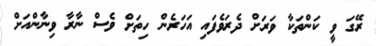
ރޭގަ ވީ ކަންތަކާ ވަރަށް ދެރަވެފައި އަހަރެން ހިތަށް ވެސް ނާރާ ވިނާންއަށް